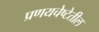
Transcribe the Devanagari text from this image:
प्रणयचेष्टेतील